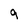
Character: 9